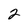
Character: 2